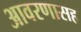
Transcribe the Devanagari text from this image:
आवरणासह